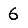
Digit: 6